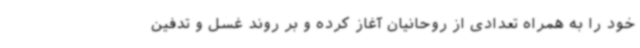
خود را به همراه تعدادی از روحانیان آغاز کرده و بر روند غسل و تدفین